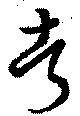
考